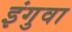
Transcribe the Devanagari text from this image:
इंगुवा